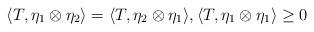
LaTeX: \begin{align*}\langle T, \eta_1\otimes \eta_2\rangle = \langle T, \eta_2\otimes \eta_1\rangle, \langle T, \eta_1\otimes \eta_1\rangle \ge 0 \end{align*}